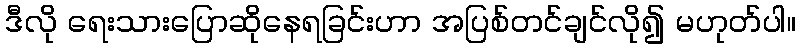
ဒီလို ရေးသားပြောဆိုနေရခြင်းဟာ အပြစ်တင်ချင်လို၍ မဟုတ်ပါ။